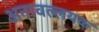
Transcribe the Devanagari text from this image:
अनावल्लयक